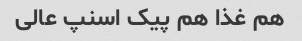
هم غذا هم پیک اسنپ عالی